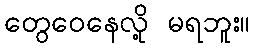
တွေဝေနေလို့ မရဘူး။